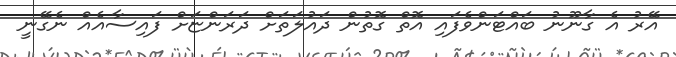
އޭރު އެ ގާނޫނު ބައްޓަންވެފައި އޮތް ގޮތުން ދައުލަތަށް ދަރަންޏަށް ފައިސާއެއް ނެގޭނީ